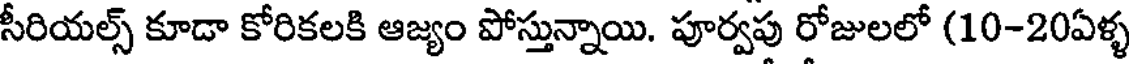
సీరియల్స్ కూడా కోరికలకి ఆజ్యం పోస్తున్నాయి. పూర్వపు రోజులలో (10-20ఏళ్ళ